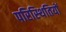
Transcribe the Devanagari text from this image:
परिस्‍िथतियों